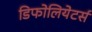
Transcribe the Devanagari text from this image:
डिफोलियेटर्स